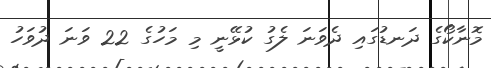
މޮނާކޯގެ ދަނޑުގައި ދެވަނަ ލެގު ކުޅޭނީ މި މަހުގެ 22 ވަނަ ދުވަހު